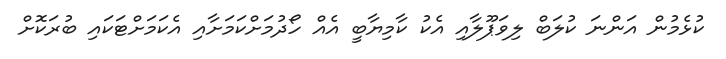
ކުޅެމުން އަންނަ ކުލަބް ލިވަޕޫލާއި އެކު ކާމިޔާބީ އެއް ހޯދުމަށްކަމަށާއި އެކަމަށްޓަކައި ބުރަކޮށް